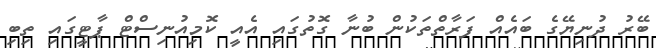
ބޭރު ދުނިޔޭގެ ބައެއް ފަރާތްތަކުން ބުނާ ގޮތުގައި އެއީ ކޮމިއުނިސްޓް ޕާޓީގައި ތިބި